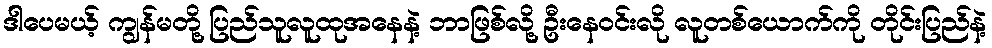
ဒါပေမယ့် ကျွန်မတို့ ပြည်သူလူထုအနေနဲ့ ဘာဖြစ်လို့ ဦးနေဝင်းလို လူတစ်ယောက်ကို တိုင်းပြည်နဲ့